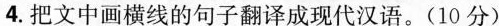
4.把文中画横线的句子翻译成现代汉语。(10分)